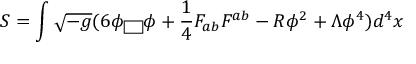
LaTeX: S = \int \sqrt { - g } ( 6 \phi \fbox { } \phi + \frac { 1 } { 4 } F _ { a b } F ^ { a b } - R \phi ^ { 2 } + \Lambda \phi ^ { 4 } ) d ^ { 4 } x